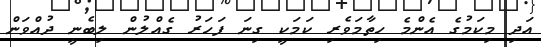
އަދި މިކަމުގެ އެންމެ ހިތާމަވެރި ކަމަކީ ގިނަ ފަހަރު ގެއްލުން ލިބެނީ ދުއްވަން